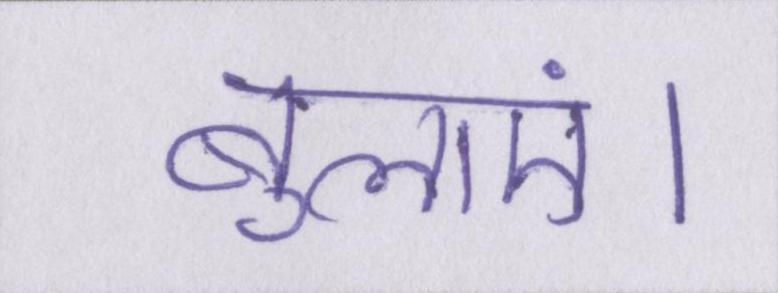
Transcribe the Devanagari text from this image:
बुलाएं।